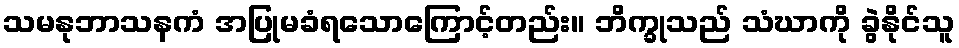
သမနုဘာသနကံ အပြုမခံရသောကြောင့်တည်း။ ဘိက္ခုသည် သံဃာကို ခွဲနိုင်သူ